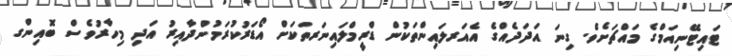
ޓައިޓޭނިއަމްގެ މައްޗަށެވެ. ގިނަ އަދަދެއްގެ އެއަރލައިންތަކުން ޑްރީމްލައިނަރތަކަށް އޯޑަރުކުރަމުންދާއިރު އަދި މިހާރުވެސް ބޮއިންގ